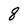
Character: 8